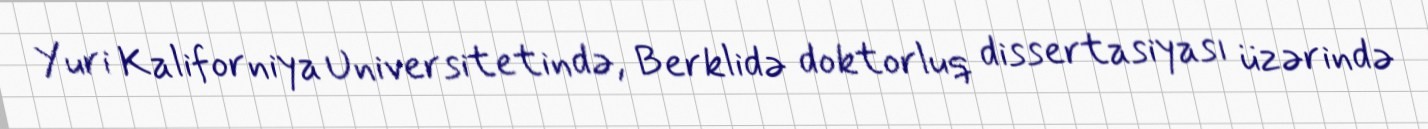
Yuri Kaliforniya Universitetində, Berklidə doktorluq dissertasiyası üzərində